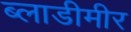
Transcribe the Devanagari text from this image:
ब्लाडीमीर